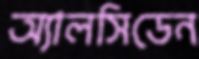
অ্যালসিডেন